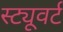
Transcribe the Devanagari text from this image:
स्ट्यूवर्ट